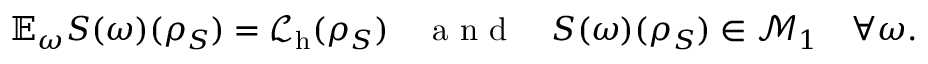
\mathbb { E } _ { \omega } S ( \omega ) ( { \rho } _ { S } ) = \mathcal { L } _ { \mathrm { h } } ( { \rho } _ { S } ) \quad \mathrm { ~ a ~ n ~ d ~ } \quad S ( \omega ) ( { \rho } _ { S } ) \in \mathcal { M } _ { 1 } \quad \forall \omega .